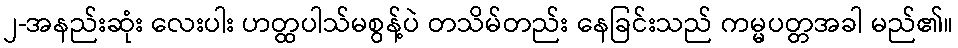
၂-အနည်းဆုံး လေးပါး ဟတ္ထပါသ်မစွန့်ပဲ တသိမ်တည်း နေခြင်းသည် ကမ္မပတ္တအခါ မည်၏။